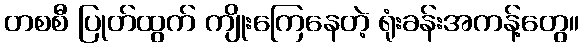
တစစီ ပြုတ်ထွက် ကျိုးကြေနေတဲ့ ရုံးခန်းအကန့်တွေ။